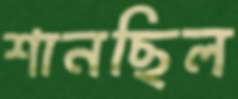
শানছিল